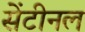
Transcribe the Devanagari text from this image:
सेंटीनल